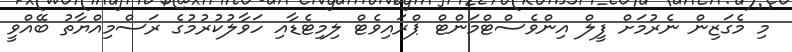
މި މެގަޒިން ނެރުމަށް ފީލް އިންވެސްޓްމަންޓް ޕްރައިވެޓް ލިމިޓެޑާއި ހަވާލުކުރުމުގެ ރަސްމިއްޔާތު ބޭއްވީ